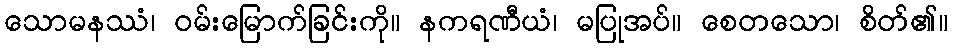
သောမနဿံ၊ ဝမ်းမြောက်ခြင်းကို။ နကရဏီယံ၊ မပြုအပ်။ စေတသော၊ စိတ်၏။